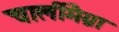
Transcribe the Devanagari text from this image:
चार्लीमैग्ना